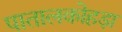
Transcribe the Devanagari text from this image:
पातालकोहड़ा